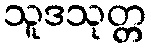
သူဒသုတ္တ